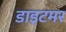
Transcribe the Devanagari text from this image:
डाइटमर